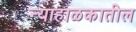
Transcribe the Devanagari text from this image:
न्याहाळकातील